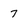
Character: 7